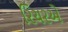
રિચરએ